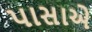
પાસાએ